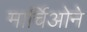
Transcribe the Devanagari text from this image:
मार्चिओने